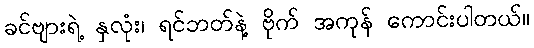
ခင်ဗျားရဲ့ နှလုံး၊ ရင်ဘတ်နဲ့ ဗိုက် အကုန် ကောင်းပါတယ်။